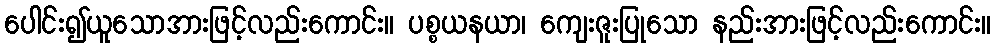
ပေါင်း၍ယူသောအားဖြင့်လည်းကောင်း။ ပစ္စယနယာ၊ ကျေးဇူးပြုသော နည်းအားဖြင့်လည်းကောင်း။